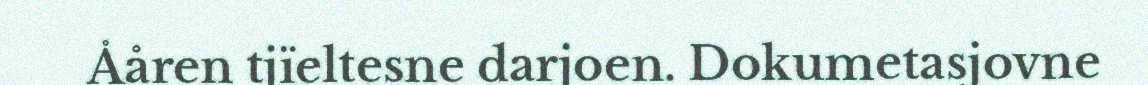
Ååren tjïeltesne darjoen. Dokumetasjovne